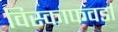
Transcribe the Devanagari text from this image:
विस्काफवर्डा